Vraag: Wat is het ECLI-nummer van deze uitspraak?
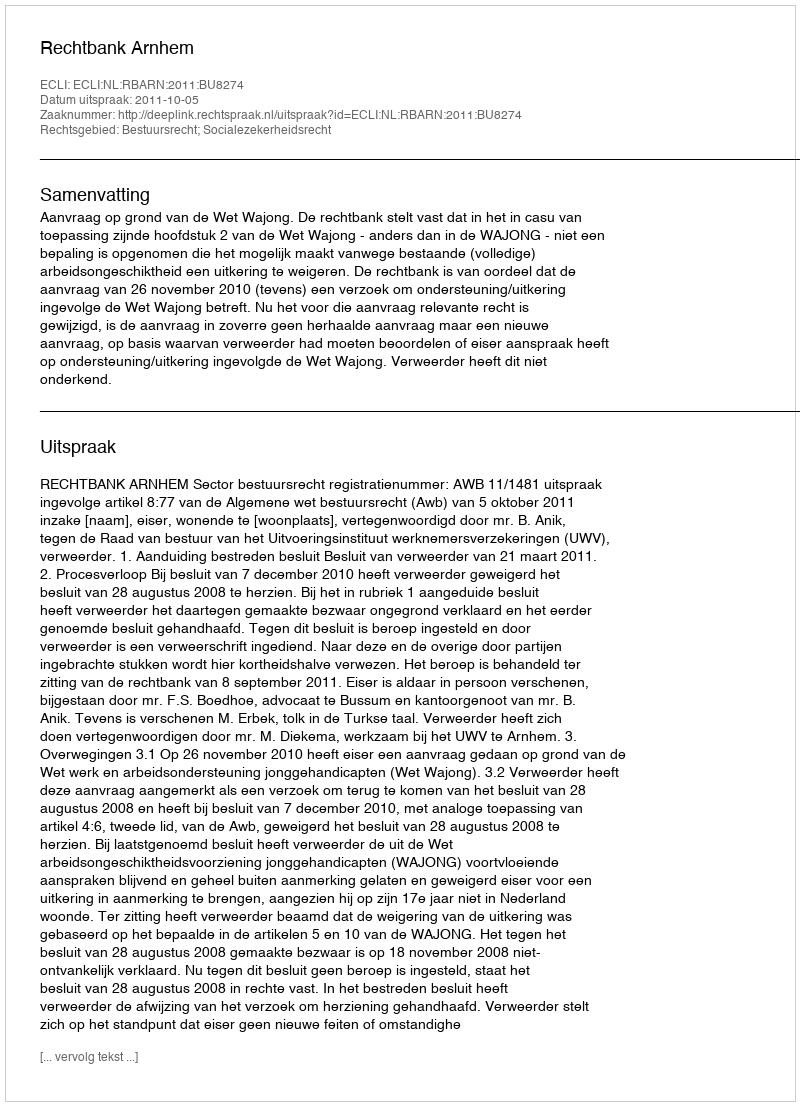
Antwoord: ECLI:NL:RBARN:2011:BU8274